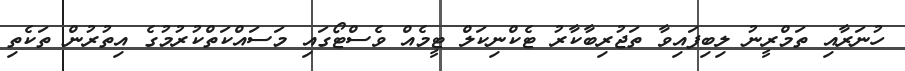
ހުނަރާއި ތަމްރީނު ލިބިފައިވާ ތަޖުރިބާކާރު ޓެކްނިކަލް ޓީމެއް ވެސްޓޯގައި މަސައްކަތްކުރުމުގެ އިތުރުން ތަކެތި